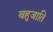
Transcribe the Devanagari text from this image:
बहुजाति